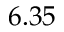
6 . 3 5